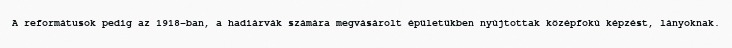
A reformátusok pedig az 1918-ban, a hadiárvák számára megvásárolt épületükben nyújtottak középfokú képzést, lányoknak.